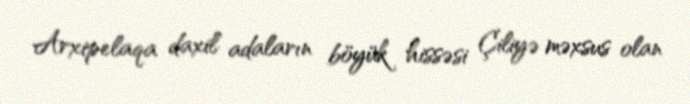
Arxipelaqa daxil adaların böyük hissəsi Çiliyə məxsus olan